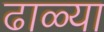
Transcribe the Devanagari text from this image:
ढाळ्या